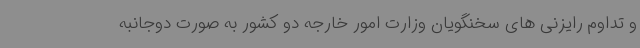
و تداوم رایزنی های سخنگویان وزارت امور خارجه دو کشور به صورت دوجانبه